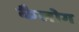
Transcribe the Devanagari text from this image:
कैलोग